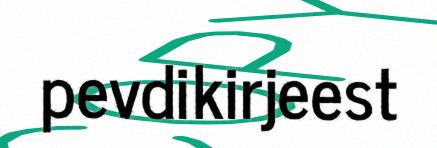
pevdikirjeest